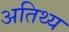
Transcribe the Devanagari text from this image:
अतिथ्य